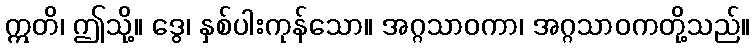
ဣတိ၊ ဤသို့။ ဒွေ၊ နှစ်ပါးကုန်သော။ အဂ္ဂသာဝကာ၊ အဂ္ဂသာဝကတို့သည်။